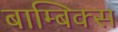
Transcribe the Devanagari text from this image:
बाम्बिक्स